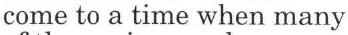
come to a time when many